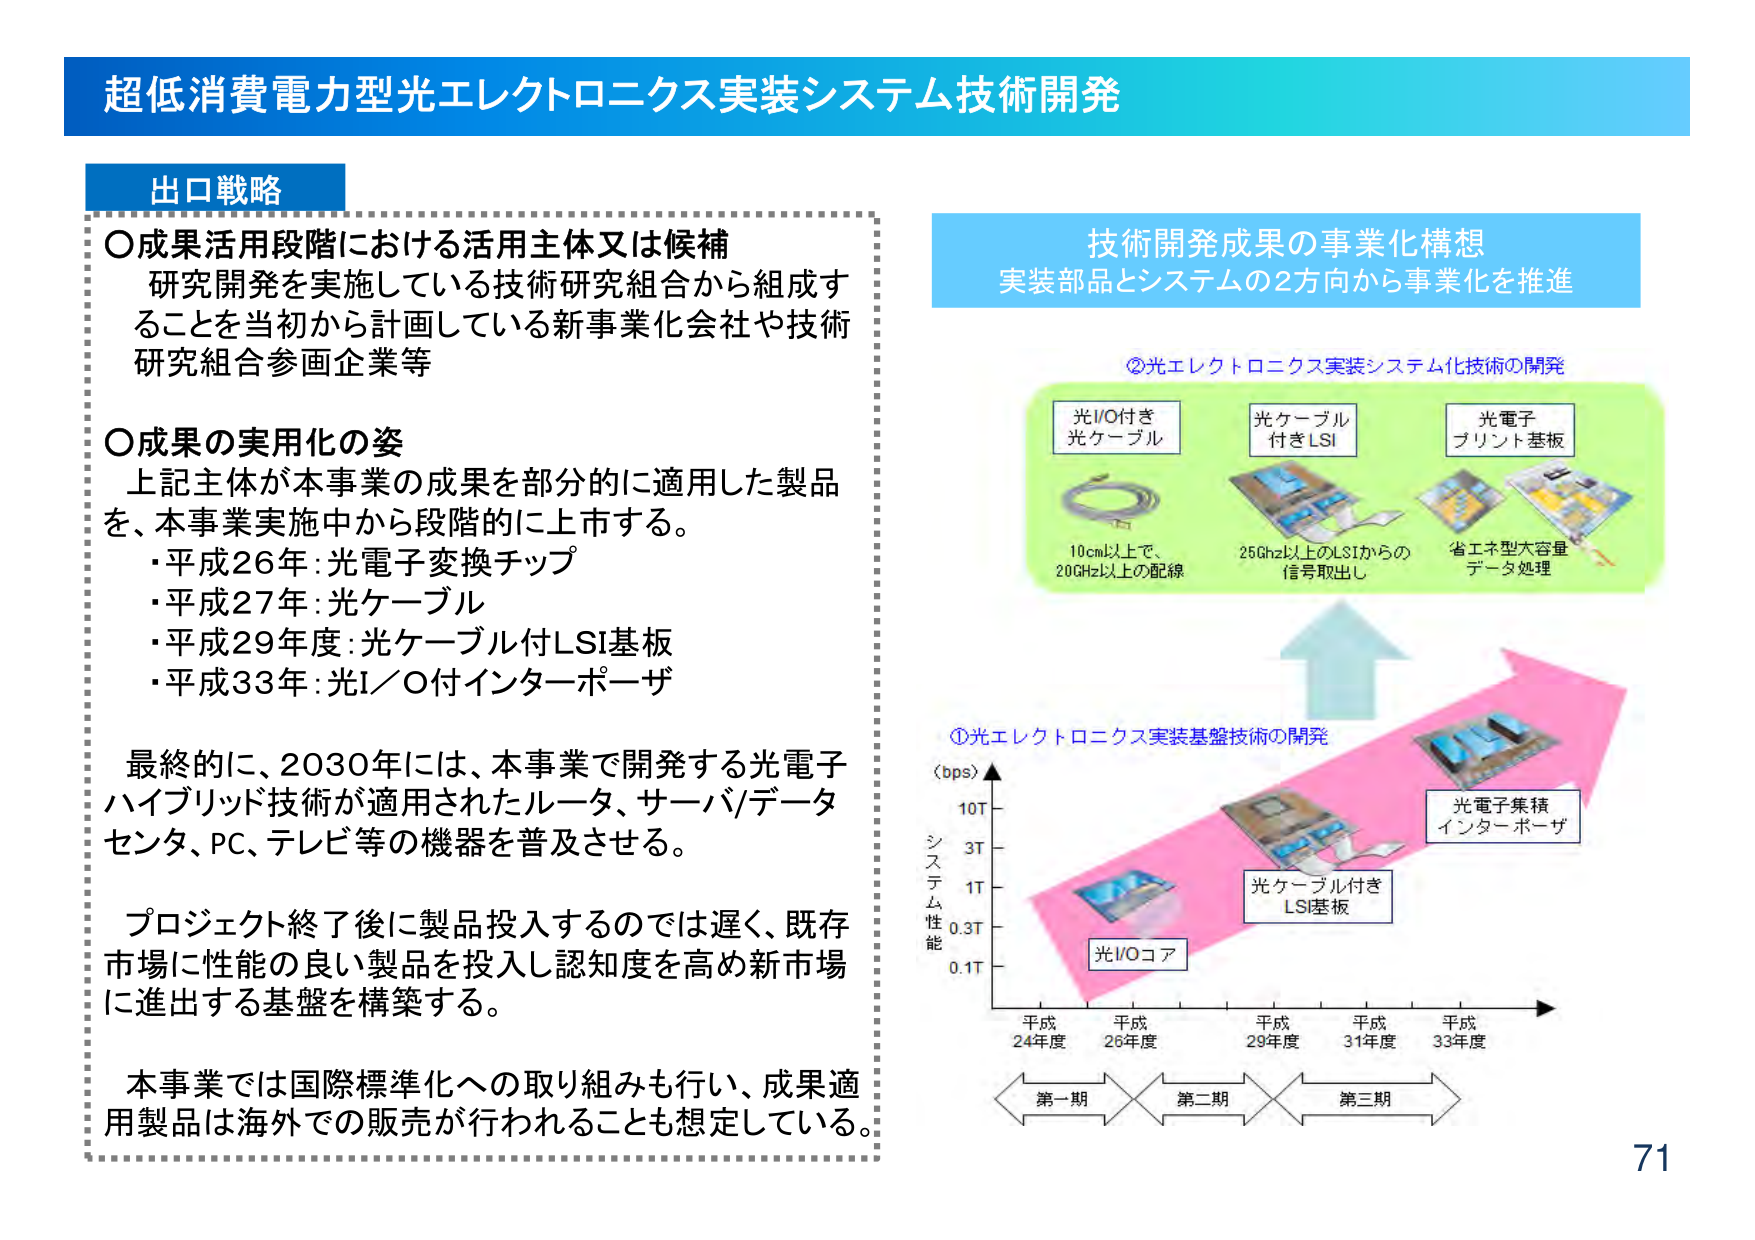
超低消費電力型光エレクトロニクス実装システム技術開発

出口戦略
〇成果活用段階における活用主体又は候補
研究開発を実施している技術研究組合から組成することを当初から計画している新事業化会社や技術研究組合参画企業等

〇成果の実用化の姿
上記主体が本事業の成果を部分的に適用した製品を、本事業実施中から段階的に上市する。
・平成26年：光電子変換チップ
・平成27年：光ケーブル
・平成29年度：光ケーブル付LSI基板
・平成33年：光I/O付インターポーザ

最終的に、2030年には、本事業で開発する光電子ハイブリッド技術が適用されたルータ、サーバ/データセンタ、PC、テレビ等の機器を普及させる。

プロジェクト終了後に製品投入するのでは遅く、既存市場に性能の良い製品を投入し認知度を高め新市場に進出する基盤を構築する。

本事業では国際標準化への取り組みも行い、成果適用製品は海外での販売が行われることも想定している。

技術開発成果の事業化構想
実装部品とシステムの2方向から事業化を推進

②光エレクトロニクス実装システム化技術の開発
光I/O付き
光ケーブル
10cm以上で、
20GHz以上の配線

光ケーブル
付きLSI
25Ghz以上のLSIからの
信号取出し

光電子
プリント基板
省エネ型大容量
データ処理

①光エレクトロニクス実装基盤技術の開発
（bps）
10T
3T
1T
0.3T
0.1T
システム性能

光I/Oコア
光ケーブル付き
LSI基板
光電子集積
インターポーザ

平成24年度
平成26年度
平成29年度
平成31年度
平成33年度

第一期
第二期
第三期

71